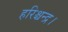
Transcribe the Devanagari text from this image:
हरिश्चन्द्र।